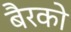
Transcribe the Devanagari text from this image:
बैरको